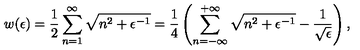
w ( \epsilon ) = \frac { 1 } { 2 } \sum _ { n = 1 } ^ { \infty } \sqrt { n ^ { 2 } + \epsilon ^ { - 1 } } = \frac { 1 } { 4 } \left( \sum _ { n = - \infty } ^ { + \infty } \sqrt { n ^ { 2 } + \epsilon ^ { - 1 } } - \frac { 1 } { \sqrt { \epsilon } } \right) { , }